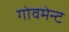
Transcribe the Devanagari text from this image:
गोवमेन्ट